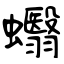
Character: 蠮